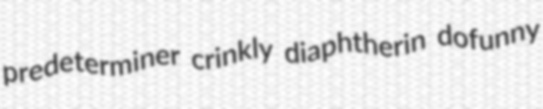
predeterminer crinkly diaphtherin dofunny